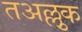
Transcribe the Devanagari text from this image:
तअल्लुक